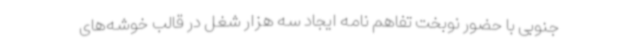
جنوبی با حضور نوبخت تفاهم نامه ایجاد سه هزار شغل در قالب خوشه‌های